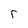
Character: r